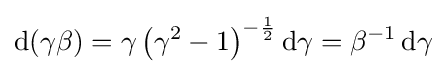
\mathrm {d} (\gamma \beta )=\gamma \left(\gamma ^{2}-1\right)^{-{\frac {1}{2}}}\mathrm {d} \gamma =\beta ^{-1}\,\mathrm {d} \gamma